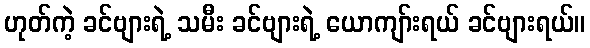
ဟုတ်ကဲ့ ခင်ဗျားရဲ့ သမီး ခင်ဗျားရဲ့ ယောကျာ်းရယ် ခင်ဗျားရယ်။